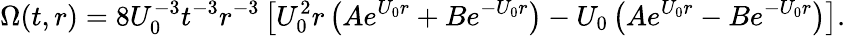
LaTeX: \Omega(t,r)=8U_{0}^{-3}t^{-3}r^{-3}\left[U_{0}^{2}r\left(Ae^{U_{0}r}+Be^{-U_{0}r}\right)-U_{0}\left(Ae^{U_{0}r}-Be^{-U_{0}r}\right)\right].